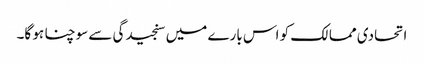
اتحادی ممالک کو اس بارے میں سنجیدگی سے سوچنا ہو گا۔